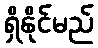
ရှိနိုင်မည်